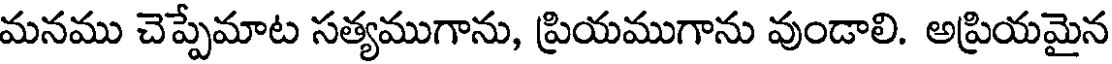
మనము చెప్పేమాట సత్యముగాను, ప్రియముగాను వుండాలి. అప్రియమైన